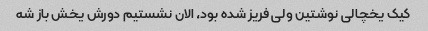
کیک یخچالی نوشتین ولی فریز شده بود، الان نشستیم دورش یخش باز شه